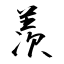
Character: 羡